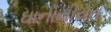
ઘાનાયીયન